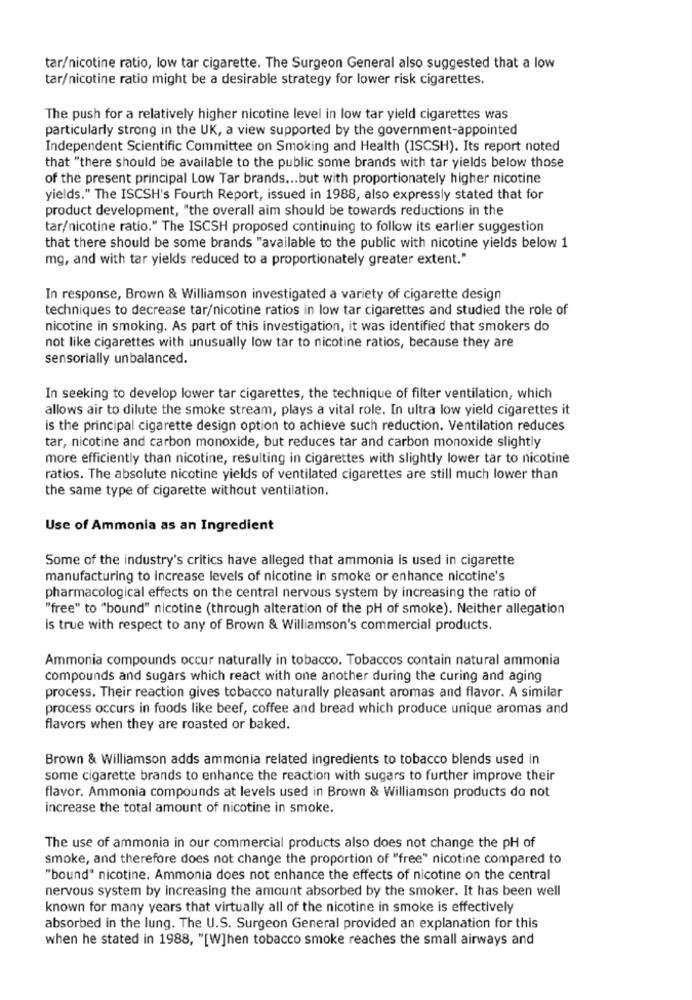
tar/nicotine ratio, low tar cigarette. The Surgeon General also suggested that a low
tar/nicotine ratio might be a desirable strategy for lower risk cigarettes.
The push for a relatively higher nicotine level in low tar yield cigarettes was
particularly strong in the UK, a view supported by the government-appointed
Independent Scientific Committee on Smoking and Health (1SCSH). Its report noted
that "there should be available to the public some brands with tar yields below those
of the present principal Low Tar brands ... but with proportionately higher nicotine
yields." The ISCSH's Fourth Report, issued in 1988, also expressly stated that for
product development, "the overall aim should be towards reductions in the
tar/nicotine ratio." The ISCSH proposed continuing to follow its earlier suggestion
that there should be some brands "available to the public with nicotine yields below 1
mg, and with tar yields reduced to a proportionately greater extent."
In response, Brown & Williamson investigated a variety of cigarette design
techniques to decrease tar/nicotine ratios in low tar cigarettes and studied the role of
nicotine in smoking. As part of this investigation, it was identified that smokers do
not like cigarettes with unusually low tar to nicotine ratios, because they are
sensorially unbalanced.
In seeking to develop lower tar cigarettes, the technique of filter ventilation, which
allows air to dilute the smoke stream, plays a vital role. In ultra low yield cigarettes it
is the principal cigarette design option to achieve such reduction. Ventilation reduces
tar, nicotine and carbon monoxide, but reduces tar and carbon monoxide slightly
more efficiently than nicotine, resulting in cigarettes with slightly lower tar to nicotine
ratios. The absolute nicotine yields of ventilated cigarettes are still much lower than
the same type of cigarette without ventilation.
Use of Ammonia as an Ingredient
Some of the industry's critics have alleged that ammonia is used in cigarette
manufacturing to increase levels of nicotine in smoke or enhance nicotine's
pharmacological effects on the central nervous system by increasing the ratio of
"free" to "bound" nicotine (through alteration of the pH of smoke). Neither allegation
is true with respect to any of Brown & Williamson's commercial products.
Ammonia compounds occur naturally in tobacco. Tobaccos contain natural ammonia
compounds and sugars which react with one another during the curing and aging
process. Their reaction gives tobacco naturally pleasant aromas and flavor. A similar
process occurs in foods like beef, coffee and bread which produce unique aromas and
flavors when they are roasted or baked.
Brown & Williamson adds ammonia related ingredients to tobacco blends used in
some cigarette brands to enhance the reaction with sugars to further improve their
flavor. Ammonia compounds at levels used in Brown & Williamson products do not
increase the total amount of nicotine in smoke.
The use of ammonia in our commercial products also does not change the pH of
smoke, and therefore does not change the proportion of "free" nicotine compared to
"bound" nicotine. Ammonia does not enhance the effects of nicotine on the central
nervous system by increasing the amount absorbed by the smoker. It has been well
known for many years that virtually all of the nicotine in smoke is effectively
absorbed in the lung. The U.S. Surgeon General provided an explanation for this
when he stated in 1988, "[W]hen tobacco smoke reaches the small airways and